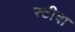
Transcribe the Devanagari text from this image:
स्टीवा